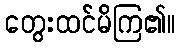
တွေးထင်မိကြ၏။